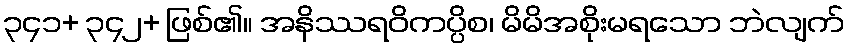
၃၄၁+ ၃၄၂+ ဖြစ်၏။ အနိဿရဝိကပ္ပိစ၊ မိမိအစိုးမရသော ဘဲလျက်